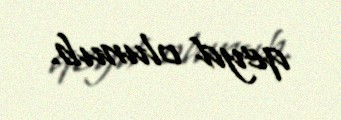
qeyd olunub.